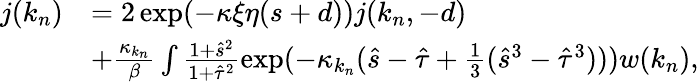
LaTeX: \begin{array}{rl}{j(k_{n})}&{=2\exp(-\kappa\xi\eta(s+d))j(k_{n},-d)}\\ &{+\frac{\kappa_{k_{n}}}{\beta}\int\frac{1+\hat{s}^{2}}{1+\hat{\tau}^{2}}\exp(-\kappa_{k_{n}}(\hat{s}-\hat{\tau}+\frac 13(\hat{s}^{3}-\hat{\tau}^{3})))w(k_{n}),}\end{array}